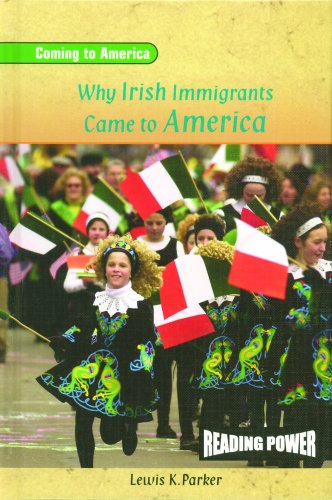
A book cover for Why Irish Immigrants Came to America (Reading Power: Coming to America); Lewis K. Parker; Children's Books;